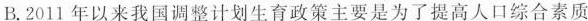
B.2011年以来我国调整计划生育政策主要是为了提高人口综合素质